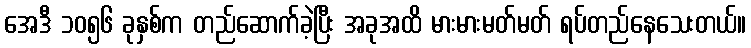
အေဒီ ၁၀၅၆ ခုနှစ်က တည်ဆောက်ခဲ့ပြီး အခုအထိ မားမားမတ်မတ် ရပ်တည်နေသေးတယ်။